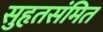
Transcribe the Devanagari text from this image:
सुहृतसंमित